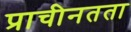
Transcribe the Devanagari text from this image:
प्राचीनतता